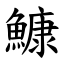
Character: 鱇